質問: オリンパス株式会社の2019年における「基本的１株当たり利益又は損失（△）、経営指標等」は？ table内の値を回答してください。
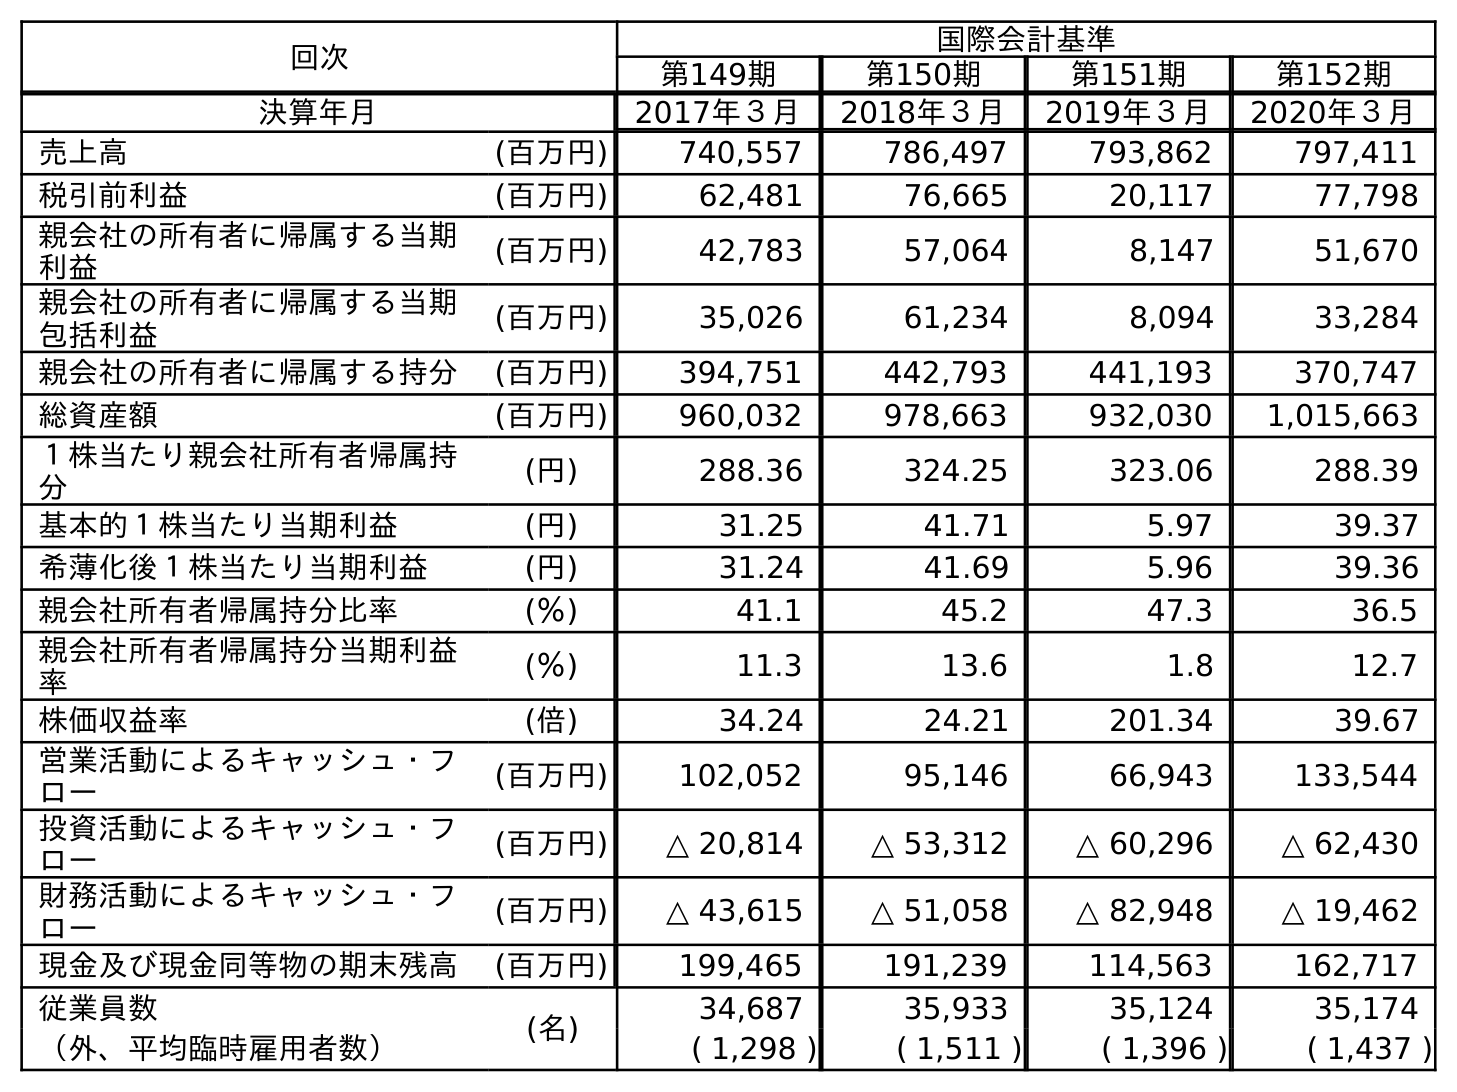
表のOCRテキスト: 回次 国際会計基準 第149期 第150期 第151期 第152期 決算年月 2017年３月 2018年３月 2019年３月 2020年３月 売上高 (百万円) 740,557 786,497 793,862 797,411 税引前利益 (百万円) 62,481 76,665 20,117 77,798 親会社の所有者に帰属する当期 利益 (百万円) 42,783 57,064 8,147 51,670 親会社の所有者に帰属する当期 包括利益 (百万円) 35,026 61,234 8,094 33,284 親会社の所有者に帰属する持分 (百万円) 394,751 442,793 441,193 370,747 総資産額 (百万円) 960,032 978,663 932,030 1,015,663 １株当たり親会社所有者帰属持 分 (円) 288.36 324.25 323.06 288.39 基本的１株当たり当期利益 (円) 31.25 41.71 5.97 39.37 希薄化後１株当たり当期利益 (円) 31.24 41.69 5.96 39.36 親会社所有者帰属持分比率 (％) 41.1 45.2 47.3 36.5 親会社所有者帰属持分当期利益 率 (％) 11.3 13.6 1.8 12.7 株価収益率 (倍) 34.24 24.21 201.34 39.67 営業活動によるキャッシュ・フ ロー (百万円) 102,052 95,146 66,943 133,544 投資活動によるキャッシュ・フ ロー (百万円) △ 20,814 △ 53,312 △ 60,296 △ 62,430 財務活動によるキャッシュ・フ ロー (百万円) △ 43,615 △ 51,058 △ 82,948 △ 19,462 現金及び現金同等物の期末残高 (百万円) 199,465 191,239 114,563 162,717 従業員数 (名) 34,687 35,933 35,124 35,174 （外、平均臨時雇用者数） ( 1,298 ) ( 1,511 ) ( 1,396 ) ( 1,437 )
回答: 5.97